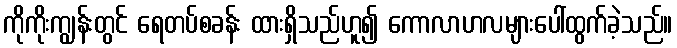
ကိုကိုးကျွန်းတွင် ရေတပ်စခန်း ထားရှိသည်ဟူ၍ ကောလာဟလများပေါ်ထွက်ခဲ့သည်။